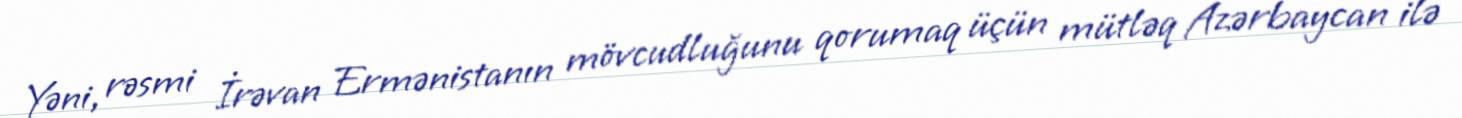
Yəni, rəsmi İrəvan Ermənistanın mövcudluğunu qorumaq üçün mütləq Azərbaycan ilə